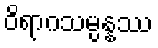
ဝိရာဂသမ္ပန္နဿ